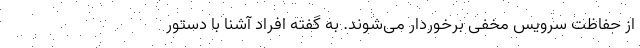
از حفاظت سرویس مخفی برخوردار می‌شوند. به گفته افراد آشنا با دستور